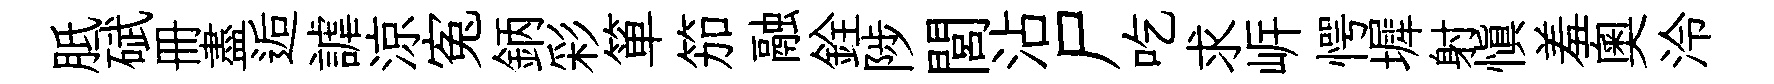
胝碔册盡逅謔涼寃鈵彩箪笳融銓陟閭沾尸吃求㟁愕墀射慎羞奧泠